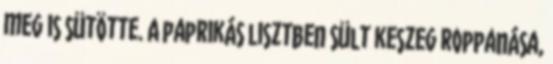
meg is sütötte. A paprikás lisztben sült keszeg roppanása,